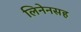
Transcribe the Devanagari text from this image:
लिनेनसह